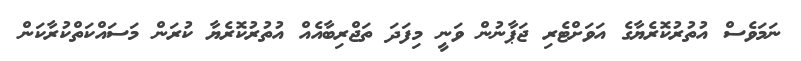
ނަމަވެސް އުތުރުކޮރެޔާގެ އަވަށްޓެރި ޖަޕާނުން ވަނީ މިފަދަ ތަޖްރިބާއެއް އުތުރުކޮރެޔާ ކުރަން މަސައްކަތްކުރާކަން